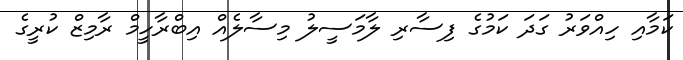
ކަމާއި ހިއްވަރު ގަދަ ކަމުގެ ފިސާރި ލާމަސީލު މިސާލެއް އިބްރާހީމް ރާމިޒް ކުރީގެ